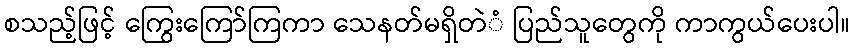
စသည့်ဖြင့် ကြွေးကြော်ကြကာ သေနတ်မရှိတဲံ ပြည်သူတွေကို ကာကွယ်ပေးပါ။